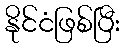
နိုင်ငံဖြစ်ပြီး